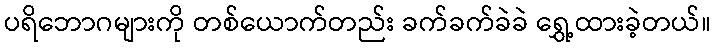
ပရိဘောဂများကို တစ်ယောက်တည်း ခက်ခက်ခဲခဲ ရွှေ့ထားခဲ့တယ်။